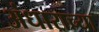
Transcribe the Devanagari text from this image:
अंधाराच्या